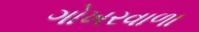
ગોખરવાળા